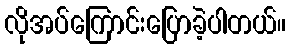
လိုအပ်ကြောင်းပြောခဲ့ပါတယ်။